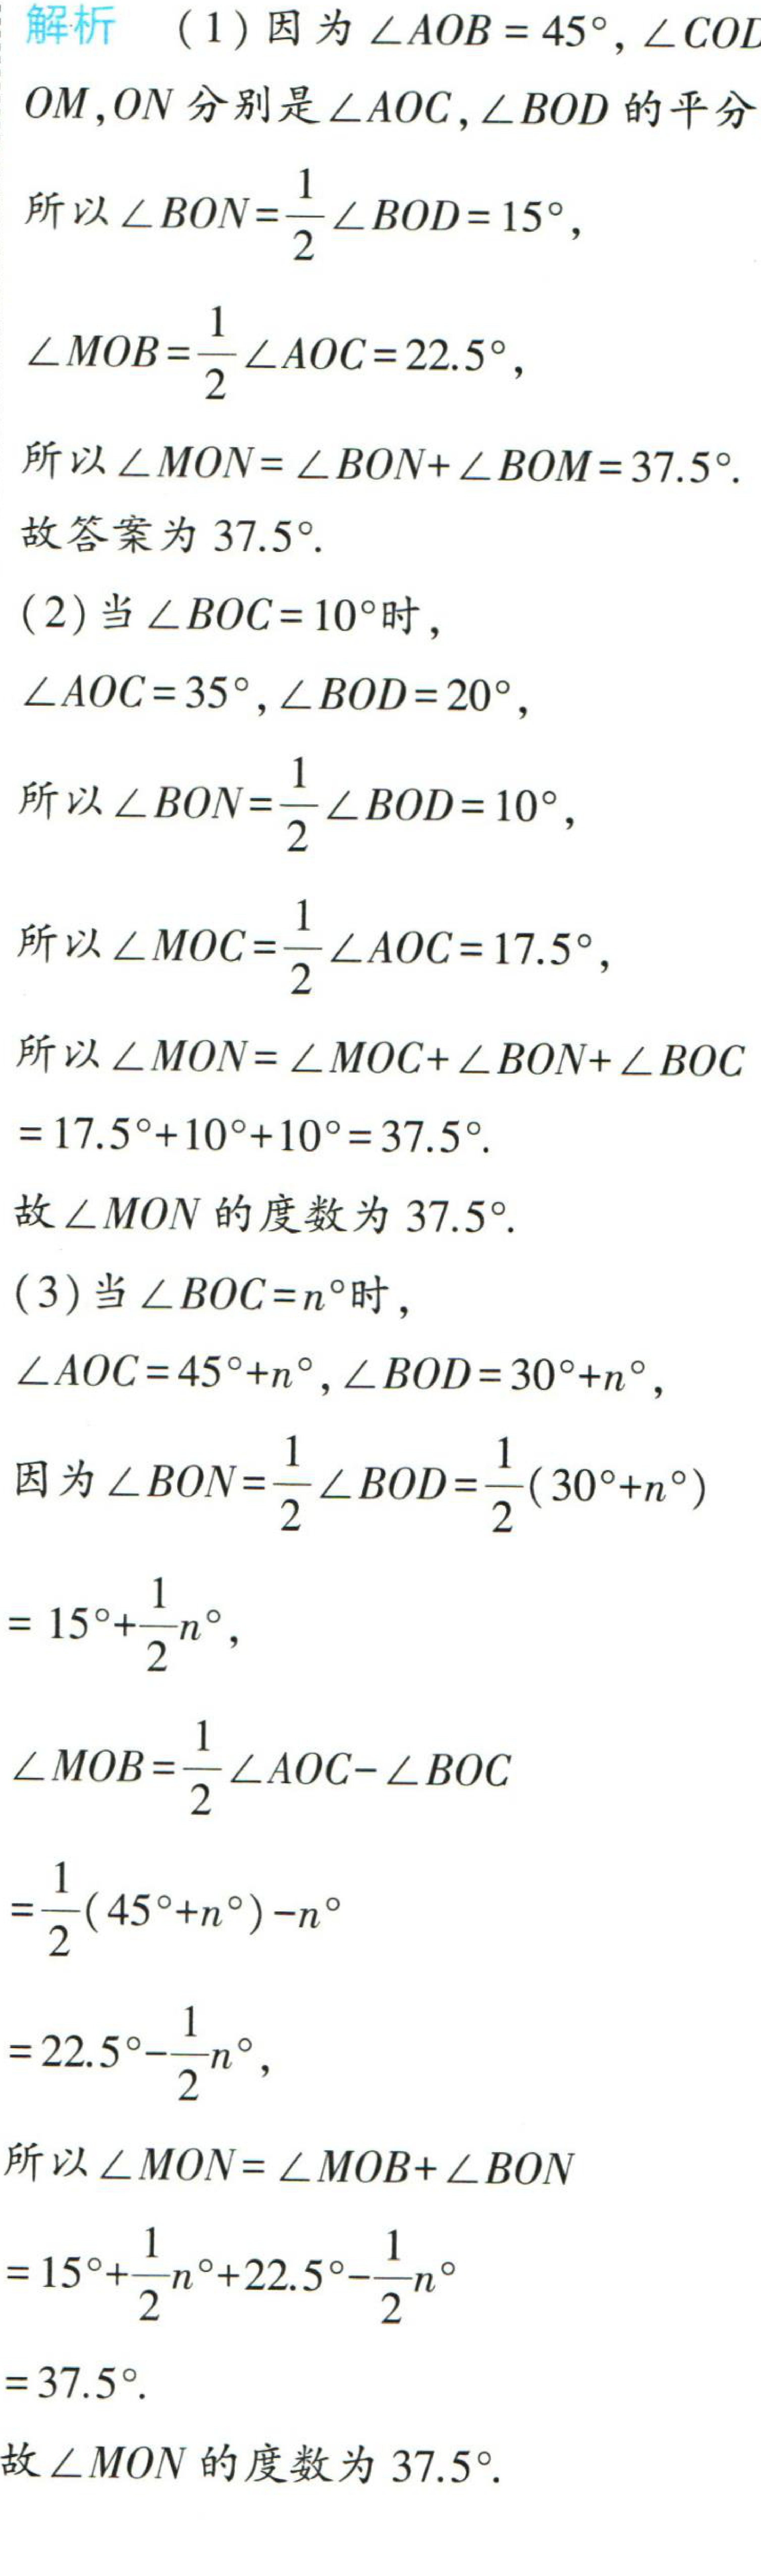
解析 （1）因为\(\angle AOB = 45^{\circ},\angle COD\)，\(OM,ON\)分别是\(\angle AOC,\angle BOD\)的平分

所以\(\angle BON=\frac{1}{2}\angle BOD = 15^{\circ}\)，

\(\angle MOB=\frac{1}{2}\angle AOC = 22.5^{\circ}\)，

所以\(\angle MON=\angle BON+\angle BOM = 37.5^{\circ}\).

故答案为\(37.5^{\circ}\).

（2）当\(\angle BOC = 10^{\circ}\)时，

\(\angle AOC = 35^{\circ},\angle BOD = 20^{\circ}\)，

所以\(\angle BON=\frac{1}{2}\angle BOD = 10^{\circ}\)，

所以\(\angle MOC=\frac{1}{2}\angle AOC = 17.5^{\circ}\)，

所以\(\angle MON=\angle MOC+\angle BON+\angle BOC\)

\(=17.5^{\circ}+10^{\circ}+10^{\circ}=37.5^{\circ}\).

故\(\angle MON\)的度数为\(37.5^{\circ}\).

（3）当\(\angle BOC = n^{\circ}\)时，

\(\angle AOC = 45^{\circ}+n^{\circ},\angle BOD = 30^{\circ}+n^{\circ}\)，

因为\(\angle BON=\frac{1}{2}\angle BOD=\frac{1}{2}(30^{\circ}+n^{\circ})\)

\(= 15^{\circ}+\frac{1}{2}n^{\circ}\)，

\(\angle MOB=\frac{1}{2}\angle AOC-\angle BOC\)

\(=\frac{1}{2}(45^{\circ}+n^{\circ})-n^{\circ}\)

\(=22.5^{\circ}-\frac{1}{2}n^{\circ}\)，

所以\(\angle MON=\angle MOB+\angle BON\)

\(=15^{\circ}+\frac{1}{2}n^{\circ}+22.5^{\circ}-\frac{1}{2}n^{\circ}\)

\(=37.5^{\circ}\).

故\(\angle MON\)的度数为\(37.5^{\circ}\).